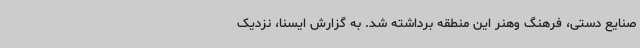
صنایع دستی، فرهنگ وهنر این منطقه برداشته شد. به گزارش ایسنا، نزدیک